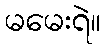
မမေးရဲ။